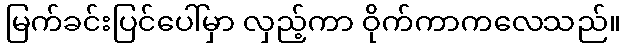
မြက်ခင်းပြင်ပေါ်မှာ လှည့်ကာ ဝိုက်ကာကလေသည်။